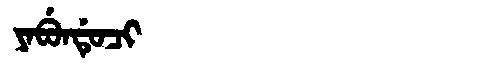
Manchu: ᠶᠠᠪᡠᠨᡩᡠᠴᡳ
Romanization: YABUNDUCI